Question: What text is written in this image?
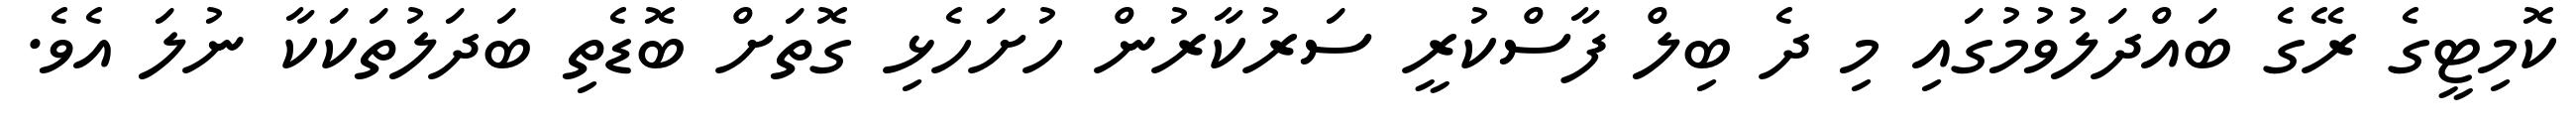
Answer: ކޮމިޓީގެ ރޭގެ ބައްދަލުވުމުގައި މި ދެ ބިލް ފާސްކުރީ ސަރުކާރުން ހުށަހެޅި ގޮތަށް ބޮޑެތި ބަދަލުތަކަކާ ނުލަ އެވެ.